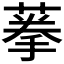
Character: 𦶸